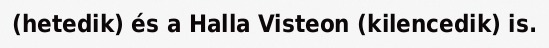
(hetedik) és a Halla Visteon (kilencedik) is.